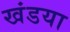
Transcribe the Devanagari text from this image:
खंडया